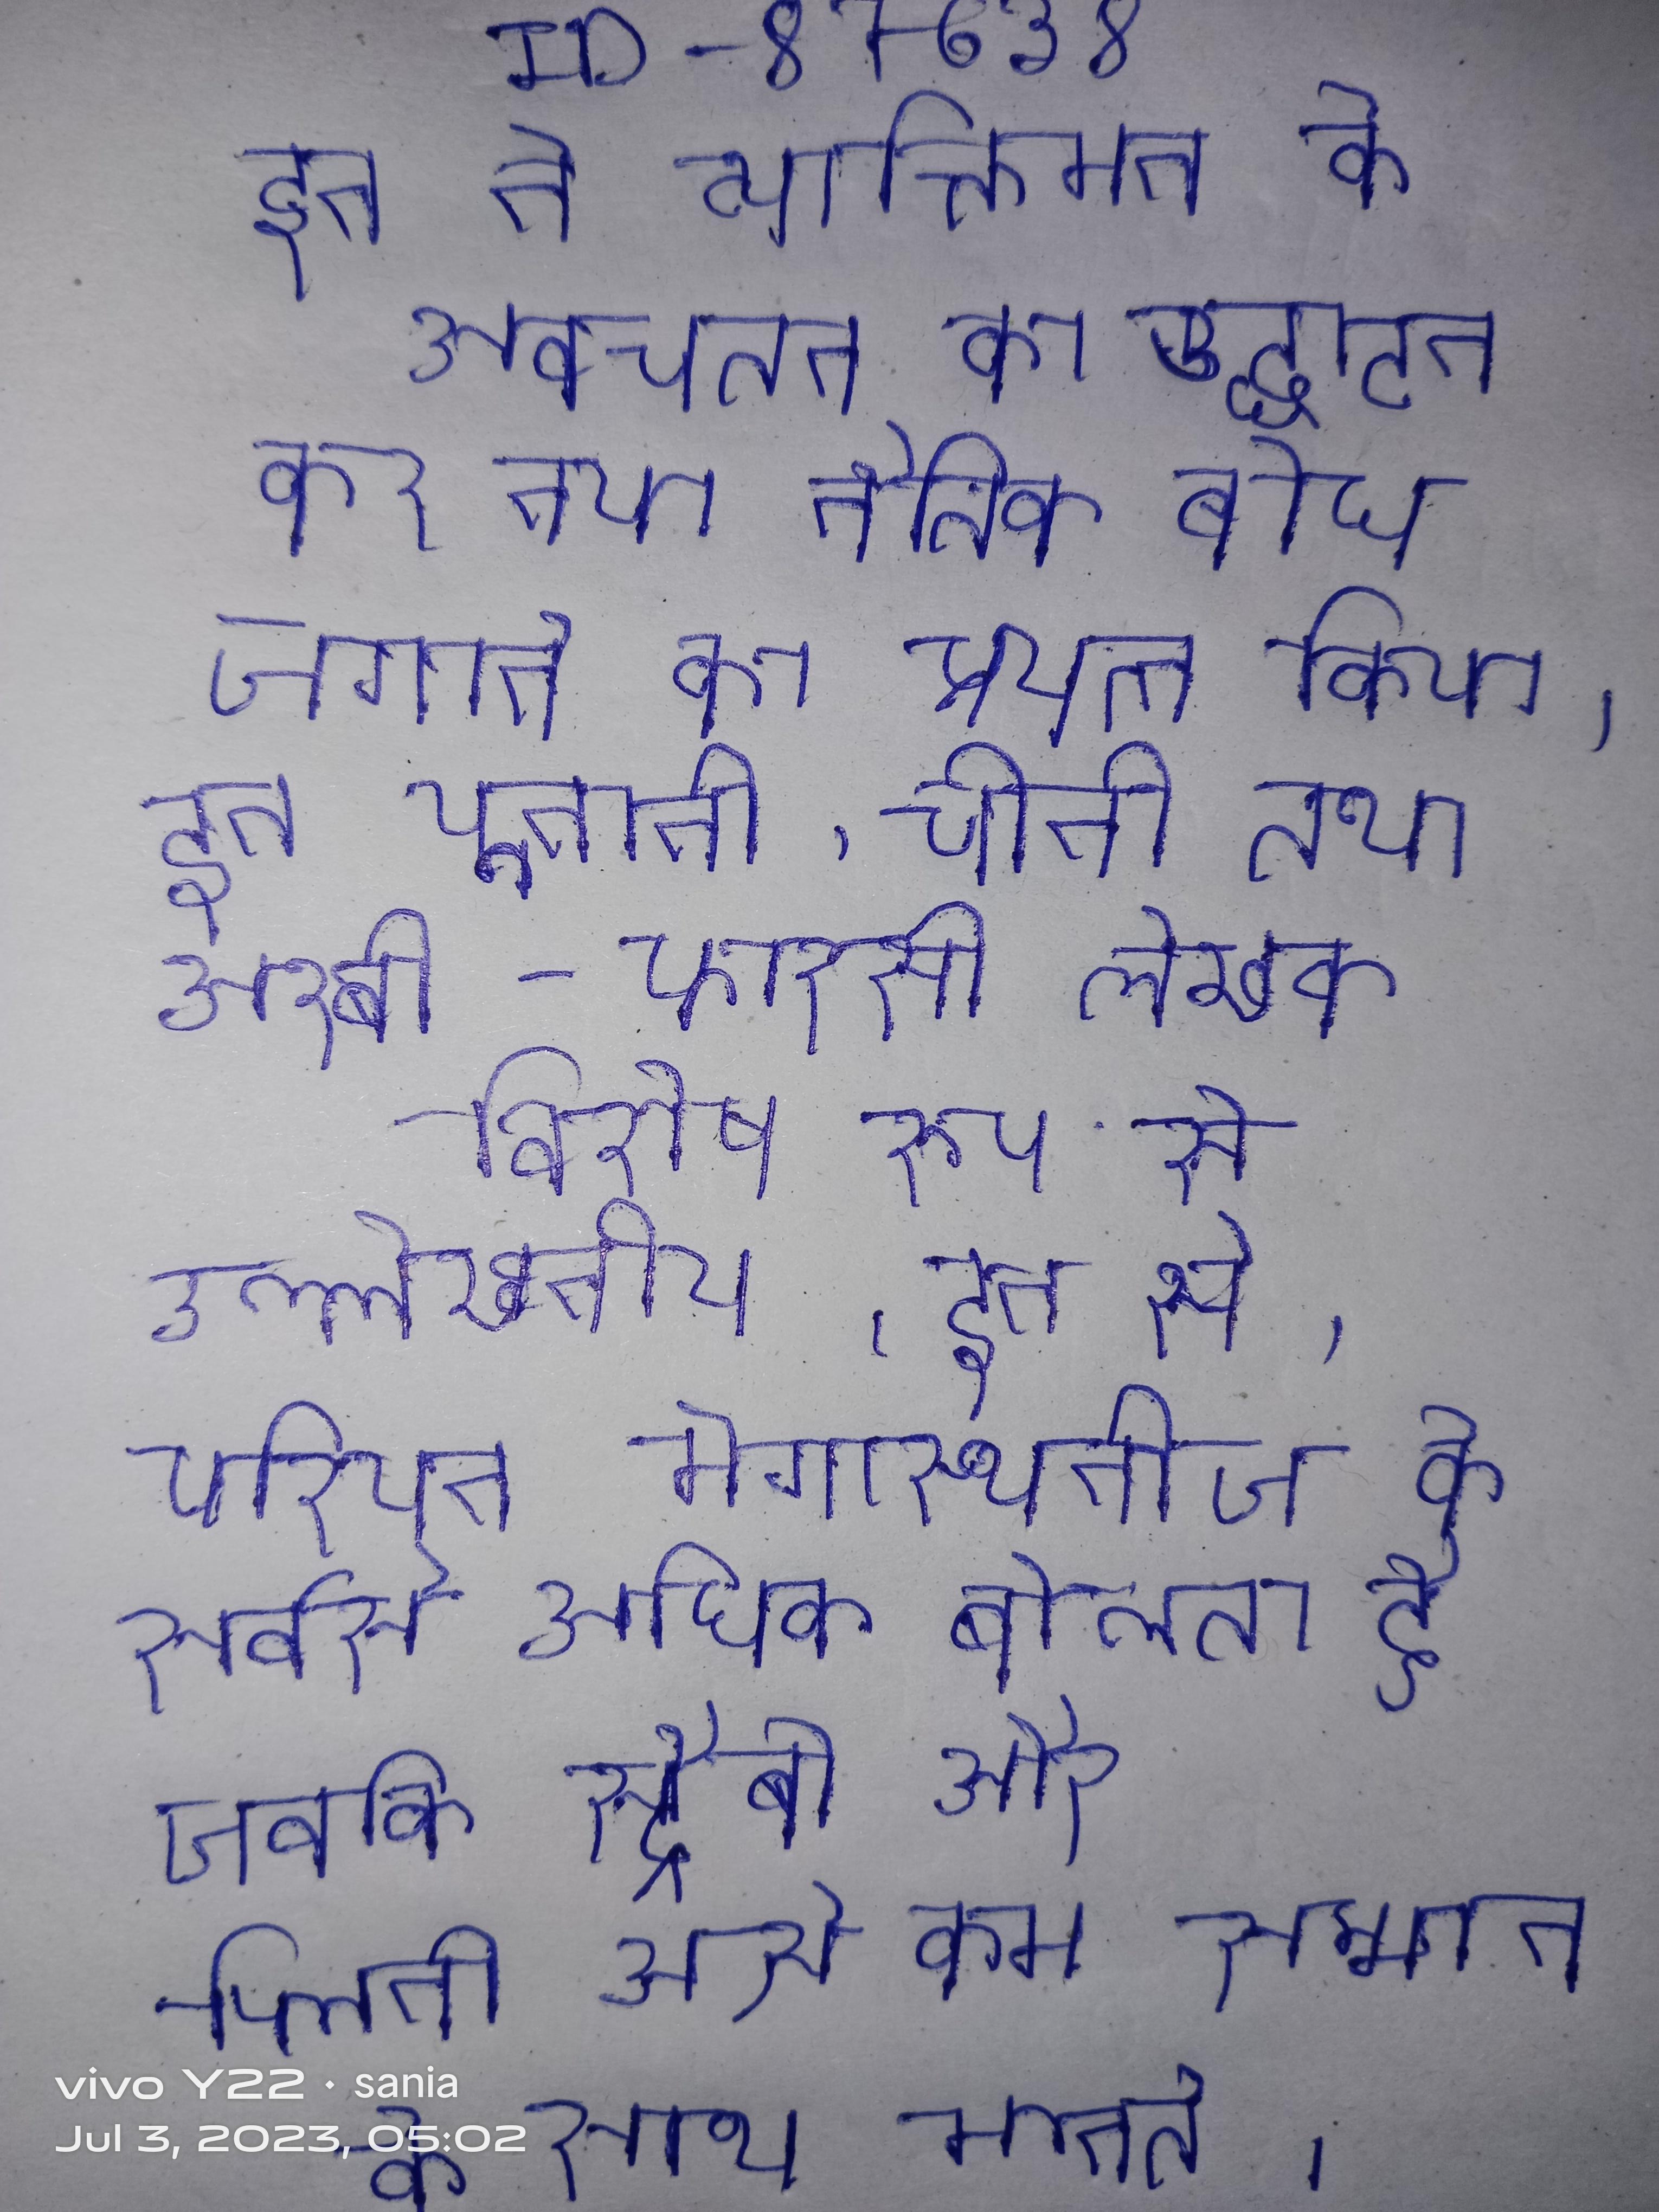
इन ने व्यक्तिमन के अवचेतन का उद्घाटन कर नया नैतिक बोध जगाने का प्रयत्न किया । इन यूनानी, चीनी तथा अरबी-फारसी लेखक विशेष रूप से उल्लेखनीय । इन से, एरियन मेगास्थनीज के सबसे अधिक बोलता है, जबकि स्ट्रैबो और प्लिनी उसे कम सम्मान के साथ मानते ।